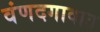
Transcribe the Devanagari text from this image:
वंणदगावात